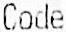
CODE